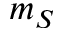
m _ { S }